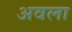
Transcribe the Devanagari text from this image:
अवला